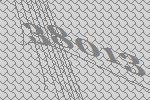
38013